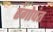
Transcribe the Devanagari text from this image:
रंगोपंत